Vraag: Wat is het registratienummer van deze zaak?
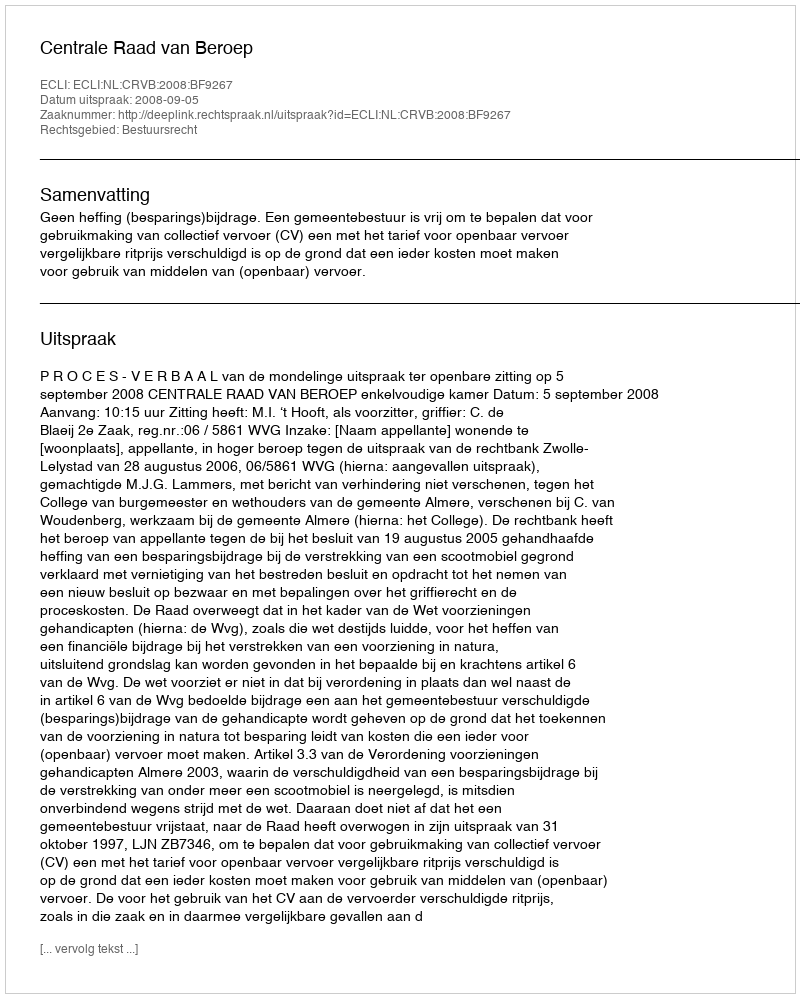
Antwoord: http://deeplink.rechtspraak.nl/uitspraak?id=ECLI:NL:CRVB:2008:BF9267